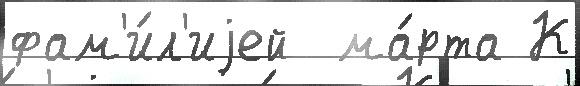
фам'и́л'иjей  ма́рта К